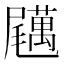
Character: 𡳱